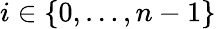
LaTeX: i\in\left\{ 0,\ldots,n-1\right\}